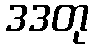
ဒဒတု